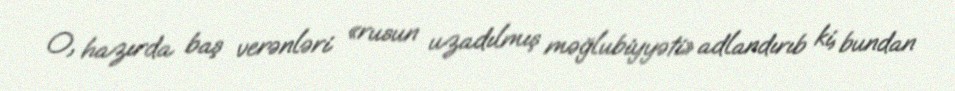
O, hazırda baş verənləri «rusun uzadılmış məğlubiyyəti» adlandırıb ki, bundan